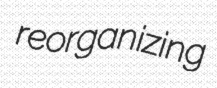
reorganizing